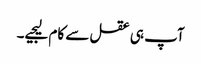
آپ ہی عقل سے کام لیجیے۔